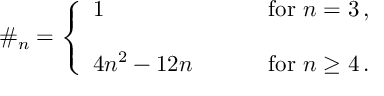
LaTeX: \# _ { n } = \left\{ \begin{array} { l l } { { 1 ~ ~ ~ ~ } } & { { \mathrm { f o r } ~ n = 3 \, , } } \\ { { { } } } & { { { } } } \\ { { 4 n ^ { 2 } - 1 2 n ~ ~ ~ ~ ~ ~ ~ } } & { { \mathrm { f o r } ~ n \geq 4 \, . } } \end{array} \right.